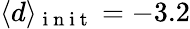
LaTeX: \langle d\rangle_{\mathrm{~i~n~i~t~}}=-3.2